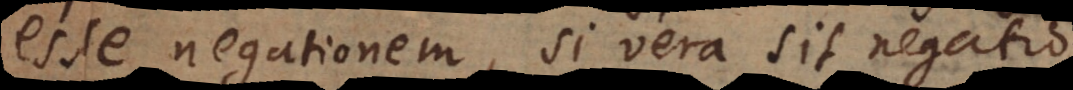
esse negationem, si vera sit negatio